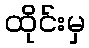
ထိုင်းမှ